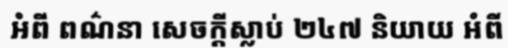
អំពី ពណ៌នា សេចក្តីស្លាប់ ២៤៧ និយាយ អំពី